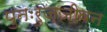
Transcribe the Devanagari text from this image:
पुनःरुज्जीवन